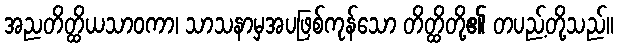
အညတိတ္ထိယသာဝကာ၊ သာသနာမှအပဖြစ်ကုန်သော တိတ္ထိတို့၏ တပည့်တို့သည်။